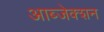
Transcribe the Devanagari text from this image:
आब्जेक्शन